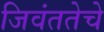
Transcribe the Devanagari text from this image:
जिवंततेचे